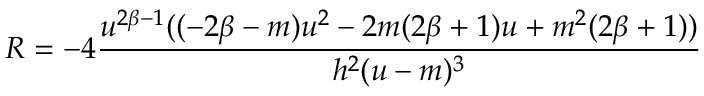
R = - 4 \frac { u ^ { 2 \beta - 1 } ( ( - 2 \beta - m ) u ^ { 2 } - 2 m ( 2 \beta + 1 ) u + m ^ { 2 } ( 2 \beta + 1 ) ) } { h ^ { 2 } ( u - m ) ^ { 3 } }